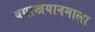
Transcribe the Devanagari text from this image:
वयाखयानमाला